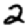
Digit: 2